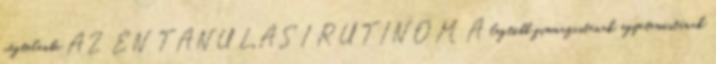
végtelenbe AZ ÉN TANULÁSI RUTINOM A legtöbb gimnazistának, egyetemistának